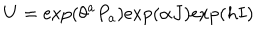
U = \mathrm { e x p } ( \theta ^ { a } P _ { a } ) \mathrm { e x p } ( \alpha J ) \mathrm { e x p } ( h I )